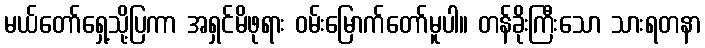
မယ်တော်ရှေ့သို့ပြကာ အရှင်မိဖုရား ဝမ်းမြောက်တော်မူပါ။ တန်ခိုးကြီးသော သားရတနာ